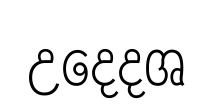
උදෙදශ